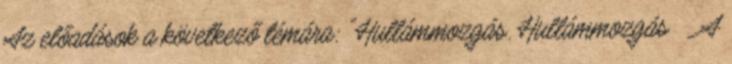
Az előadások a következő témára: "Hullámmozgás. Hullámmozgás  A